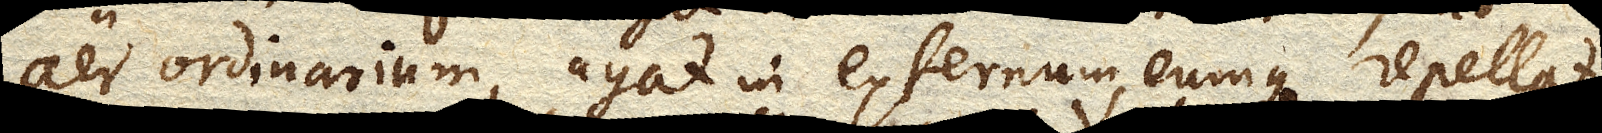
aer ordinarium, agat in externum, eumque repellat.